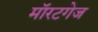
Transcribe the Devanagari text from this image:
मॉरटगेज